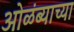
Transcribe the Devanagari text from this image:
ओळंब्याच्या